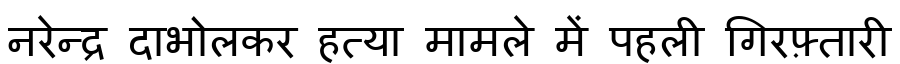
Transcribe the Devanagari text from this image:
नरेन्द्र दाभोलकर हत्या मामले में पहली गिरफ़्तारी